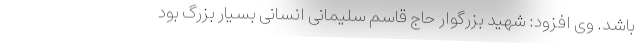
باشد. وی افزود: شهید بزرگوار حاج قاسم سلیمانی انسانی بسیار بزرگ بود